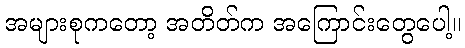
အများစုကတော့ အတိတ်က အကြောင်းတွေပေါ့။